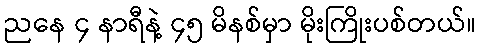
ညနေ ၄ နာရီနဲ့ ၄၅ မိနစ်မှာ မိုးကြိုးပစ်တယ်။